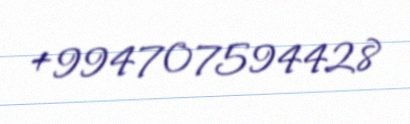
+994707594428